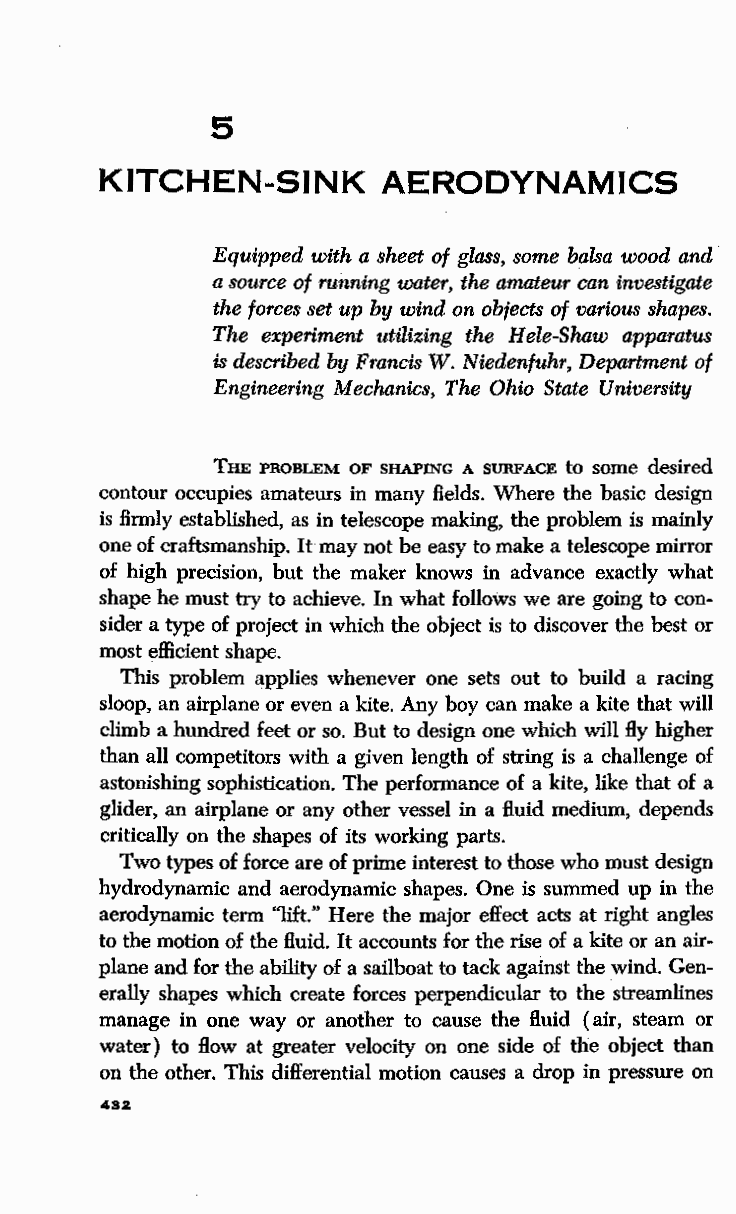
5
 KITCHEN-SINK      AERODYNAMICS
 Equipped with a sheet of glass, some balsa wood and
 a source of running water, the amateur can investigate
 the forces set up by wind on objects of various shapes.
 The experiment utilizing the H ele-Shaw apparatus
 is described by Francis W. Niedenfuhr, Department of
 Engineering Mechanics, The Ohio State University
 THE PROBLEM OF SHAPING A SURFACE to some desired
 contour occupies amateurs in many fields. Where the basic design
 is firmly established, as in telescope making, the problem is mainly
 one of craftsmanship. It may not be easy to make a telescope mirror
 of high precision, but the maker knows in advance exactly what
 shape he must try to achieve. In what follows we are going to con
 sider a type of project in which the object is to discover the best or
 most efficient shape.
 This problem applies whenever one sets out to build a racing
 sloop, an airplane or even a kite. Any boy can make a kite that will
 climb a hundred feet or so. But to design one which will fly higher
 than all competitors with a given length of string is a challenge of
 astonishing sophistication. The performance of a kite, like that of a
 glider, an airplane or any other vessel in a fluid medium, depends
 critically on the shapes of its working parts.
 Two types of force are of prime interest to those who must design
 hydrodynamic and aerodynamic shapes. One is summed up in the
 aerodynamic term '1ift." Here the major effect acts at right angles
 to the motion of the fluid. It accounts for the rise of a kite or an air
 plane and for the ability of a sailboat to tack against the wind. Gen
 erally shapes which create forces perpendicular to the streamlines
 manage in one way or another to cause the fluid (air, steam or
 water) to How at greater velocity on one side of the object than
 on the other. This differential motion causes a drop in pressure on
 432